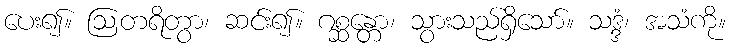
ပေး၍။ ဩတရိတွာ၊ ဆင်း၍။ ဂစ္ဆန္တော၊ သွားသည်ရှိသော်။ သဒ္ဒံ၊ အသံကို။